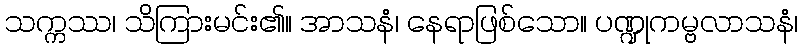
သက္ကဿ၊ သိကြားမင်း၏။ အာသနံ၊ နေရာဖြစ်သော။ ပဏ္ဍုကမ္ဗလာသနံ၊